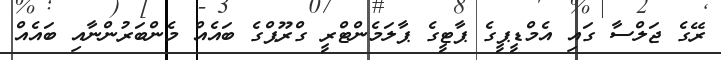
ރޭގެ ޖަލްސާ ގައި އެމްޑީޕީގެ ޕާޓީގެ ޕާލަމެންޓްރީ ގްރޫޕްގެ ބައެއް މެންބަރުންނާއި ބައެއް